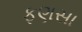
ફણસા